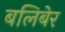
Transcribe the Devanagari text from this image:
बलिबेर